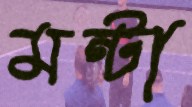
মন্টা